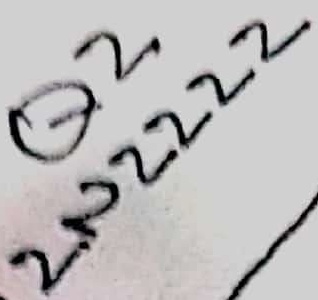
Text: 2N2222